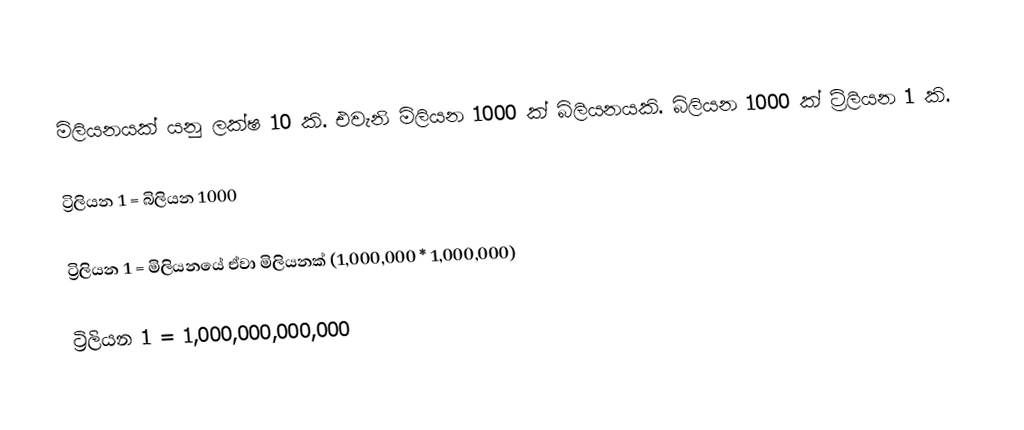
මිලියනයක් යනු ලක්ෂ 10 කි. එවැනි මිලියන 1000 ක් බිලියනයකි. බිලියන 1000 ක් ට්‍රිලියන 1 කි.

ට්‍රිලියන 1 = බිලියන 1000

ට්‍රිලියන 1 = මිලියනයේ ඒවා මිලියනක් (1,000,000 * 1,000,000)

ට්‍රිලියන 1 = 1,000,000,000,000